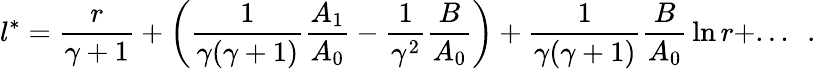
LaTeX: l^{*}={\frac{r}{\gamma+1}}+\left({\frac{1}{\gamma(\gamma+1)}}{\frac{A_{1}}{A_{0}}}-{\frac{1}{\gamma^{2}}}{\frac{B}{A_{0}}}\right)+{\frac{1}{\gamma(\gamma+1)}}{\frac{B}{A_{0}}}\ln r+...~~.